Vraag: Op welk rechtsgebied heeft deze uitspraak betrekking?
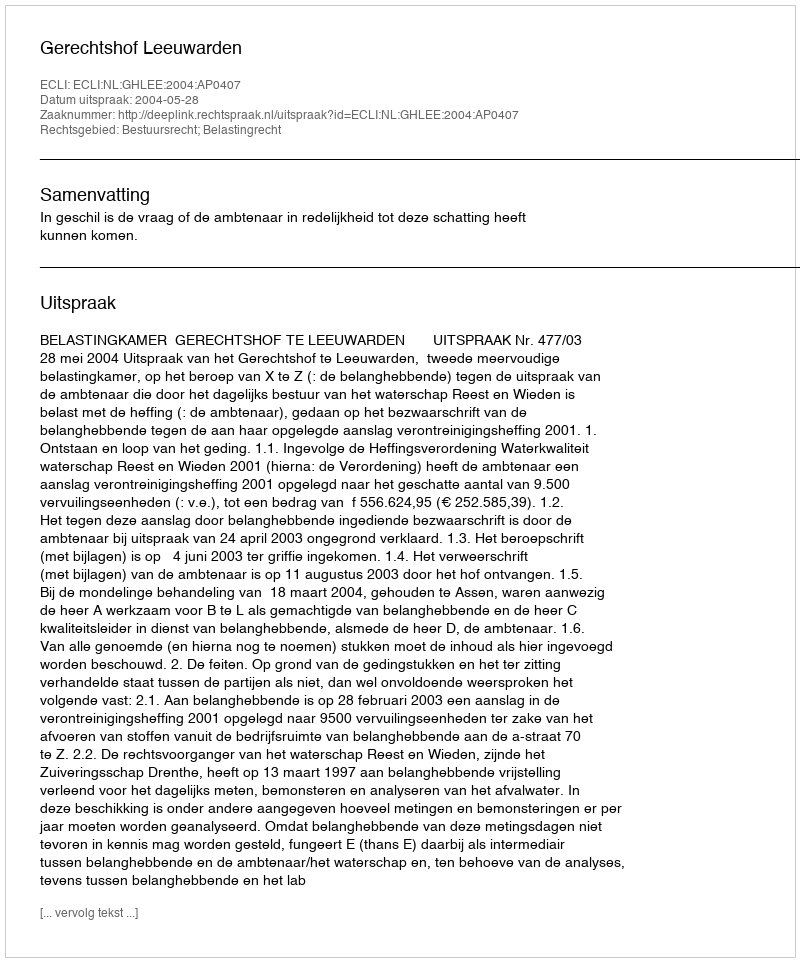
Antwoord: Bestuursrecht; Belastingrecht